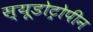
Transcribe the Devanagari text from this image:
स्यूडोट्रोपीन